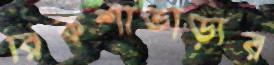
রিকশাভাড়ার